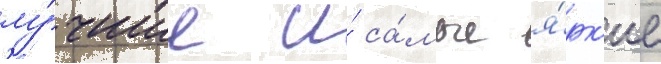
лу́чшие и́ са́мые я́рк'ие